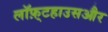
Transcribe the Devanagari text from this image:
लॉफ़्टहाउसऔर